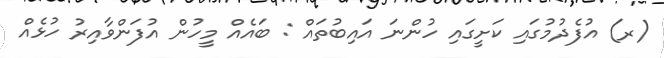
(ރ) އުފެދުމުގައި ކަށީގައި ހުންނަ އައިބުތައް : ބައެއް މީހުން އުފަންވާއިރު ހުޅެއް